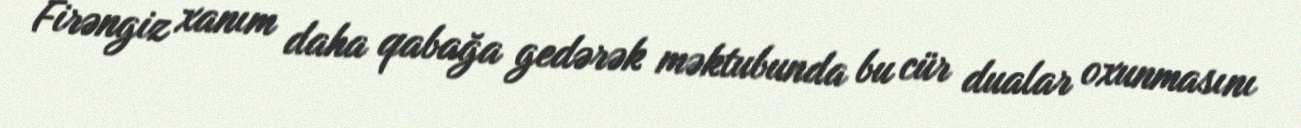
Firəngiz xanım daha qabağa gedərək məktubunda bu cür dualar oxunmasını